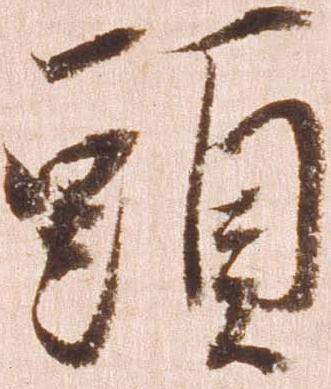
頭